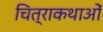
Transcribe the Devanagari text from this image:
चित्राकथाओं